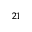
_ { 2 1 }